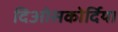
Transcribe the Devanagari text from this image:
दिओसकोर्दिया